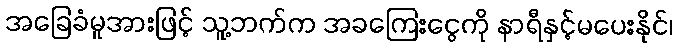
အခြေခံမူအားဖြင့် သူ့ဘက်က အခကြေးငွေကို နာရီနှင့်မပေးနိုင်၊